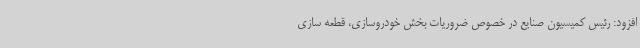
افزود: رئیس کمیسیون صنایع در خصوص ضروریات بخش خودروسازی، قطعه سازی